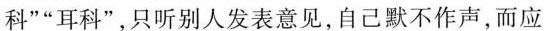
科”“耳科”，只听别人发表意见，自己默不作声，而应